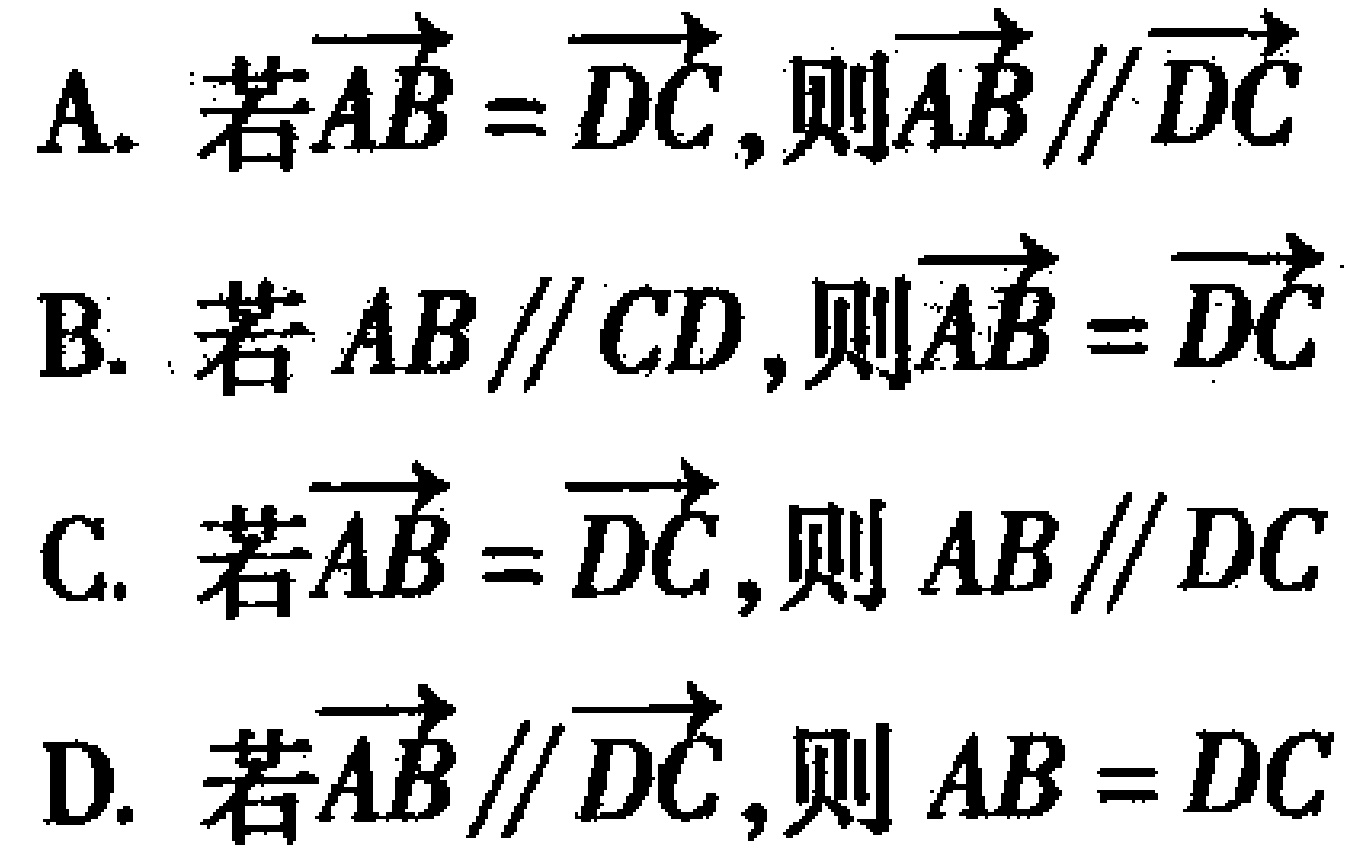
A. 若\(\overrightarrow{AB}=\overrightarrow{DC}\),则\(\overrightarrow{AB} \parallel \overrightarrow{DC}\)
B. 若 \(AB \parallel CD\),则\(\overrightarrow{AB}=\overrightarrow{DC}\)
C. 若\(\overrightarrow{AB}=\overrightarrow{DC}\),则 \(AB \parallel DC\)
D. 若\(\overrightarrow{AB} \parallel \overrightarrow{DC}\),则 \(AB = DC\)